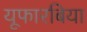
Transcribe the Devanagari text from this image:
यूफारबिया